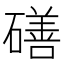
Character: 磰